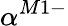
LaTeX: \alpha^{M1-}